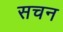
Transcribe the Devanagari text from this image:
सचन